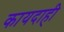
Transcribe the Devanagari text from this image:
कायदाही